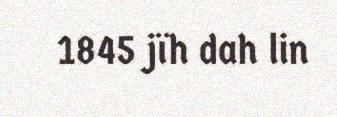
1845 jïh dah lin